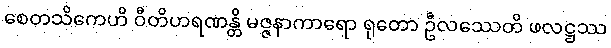
စေတသိကေဟိ ဝီတိဟရဏန္တိ မဇ္ဇနာကာရော ရုတော ဦလဿေတိ ဖလဋ္ဌဿ